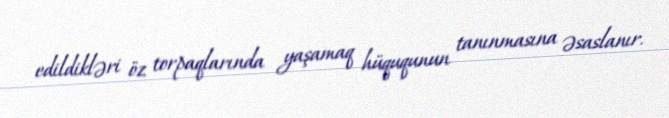
edildikləri öz torpaqlarında yaşamaq hüququnun tanınmasına əsaslanır.